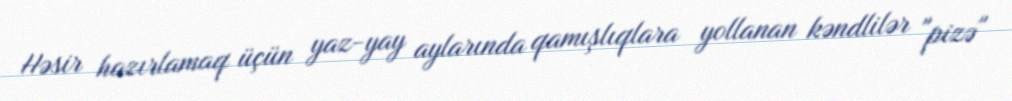
Həsir hazırlamaq üçün yaz-yay aylarında qamışlıqlara yollanan kəndlilər "pizə"